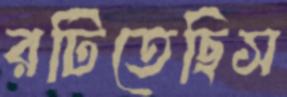
রটিতেছিস